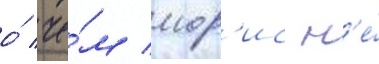
о́ че́м мор'ис н'е́